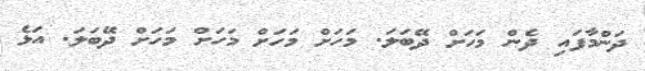
ދަންމާފައި ދެން މަހަށް ދޭބަލަ. މަހަށް މަހަށް މަހަށް މަހަށް ދޭބަލަ. އަޅެ